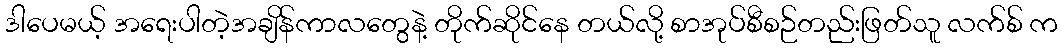
ဒါပေမယ့် အရေးပါတဲ့အချိန်ကာလတွေနဲ့ တိုက်ဆိုင်နေ တယ်လို့ စာအုပ်စီစဉ်တည်းဖြတ်သူ လက်စ် က